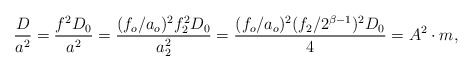
\begin{align*}\frac{D}{a^2} = \frac{f^2 D_0}{a^2} = \frac{(f_o/a_o)^2 f_2^2 D_0}{a_2^2} = \frac{(f_o/a_o)^2 (f_2/ 2^{\beta -1})^2 D_0}{4} = A^2 \cdot m,\end{align*}